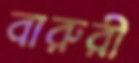
বারুরী